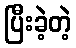
ပြီးခဲ့တဲ့